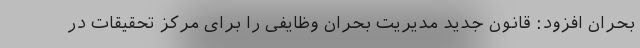
بحران افزود: قانون جدید مدیریت بحران وظایفی را برای مرکز تحقیقات در